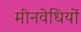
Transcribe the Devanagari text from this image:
मीनवेधियों